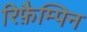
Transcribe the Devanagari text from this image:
रिफ़ैम्पिन